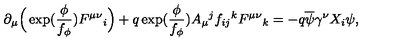
\partial _ { \mu } \Big ( \exp ( \frac { \phi } { f _ { \phi } } ) F ^ { \mu \nu } { } _ { i } \Big ) + q \exp ( \frac { \phi } { f _ { \phi } } ) A _ { \mu } { } ^ { j } f _ { i j } { } ^ { k } F ^ { \mu \nu } { } _ { k } = - q \overline { { \psi } } \gamma ^ { \nu } X _ { i } \psi ,